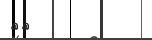
١٨